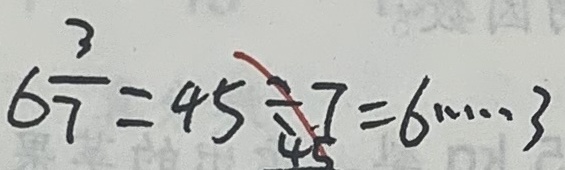
6 \frac { 3 } { 7 } = 4 5 \div 7 = 6 \cdots 3